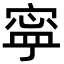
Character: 寜